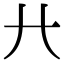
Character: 𢌬